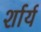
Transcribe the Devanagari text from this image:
र्शार्य